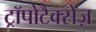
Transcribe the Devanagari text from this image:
ट्रॉपोटैक्सेज़